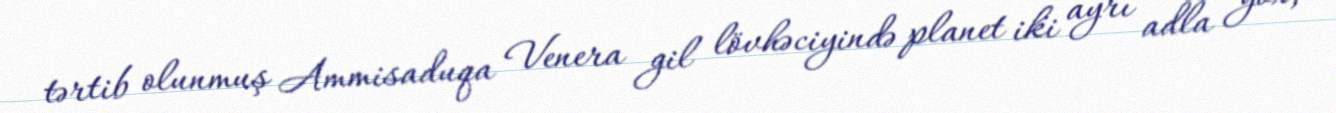
tərtib olunmuş Ammisaduqa Venera gil lövhəciyində planet iki ayrı adla yox,